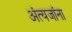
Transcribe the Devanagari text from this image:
अंत्यजांना